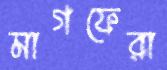
মাগফেরা